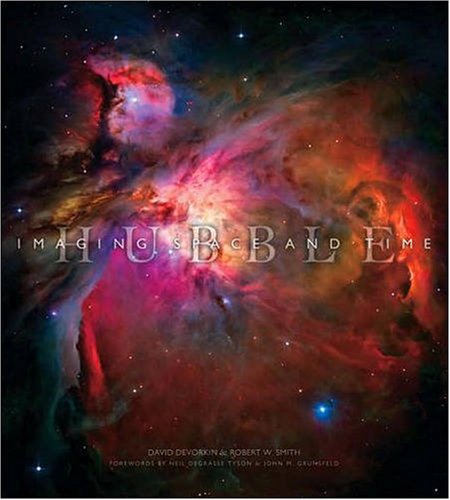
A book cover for Hubble: Imaging Space and Time; David H. Devorkin; Science & Math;